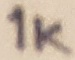
Text: 1K